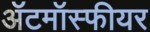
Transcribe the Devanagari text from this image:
ॲटमॉस्फीयर